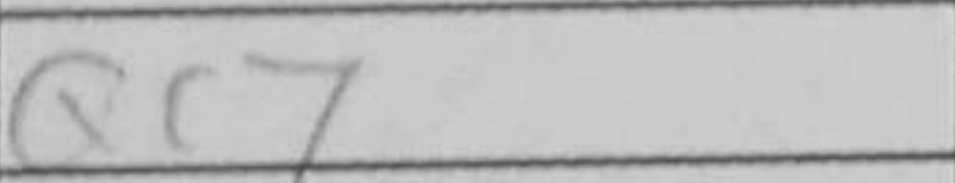
Transcription: Qc7